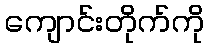
ကျောင်းတိုက်ကို